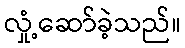
လှုံ့ဆော်ခဲ့သည်။